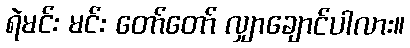
ရဲမင်း မင်း တော်တော် လျှာချောင်ပါလား။